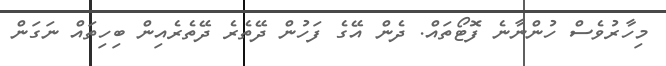
މިހާރުވެސް ހުންނާނެ ފޮޓޯތައް. ދެން އޭގެ ފަހުން ދޭތެރެ ދޭތެރެއިން ބިހިތައް ނަގަން